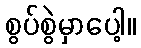
စွပ်စွဲမှာပေါ့။